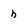
Character: h